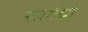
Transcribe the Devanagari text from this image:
रत्नगंधी